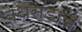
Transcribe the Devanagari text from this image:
बेथेस्डाचे